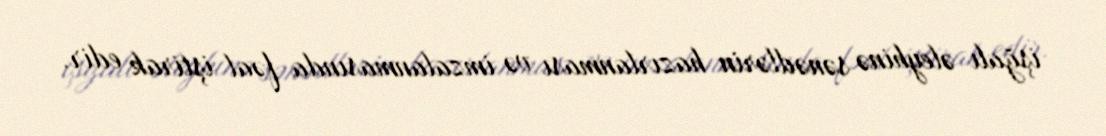
işğalı əleyhinə sənədlərin hazırlanması və imzalanmasında fəal iştirak edir.